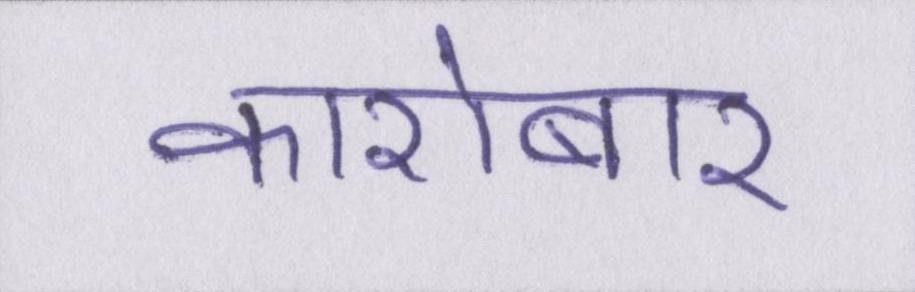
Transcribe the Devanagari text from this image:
कारोबार